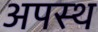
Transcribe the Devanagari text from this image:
अपस्थ